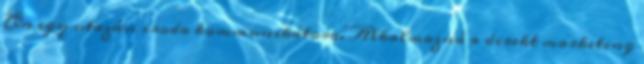
Ön egy utazási iroda kommunikátora. Alkalmazná a direkt marketing